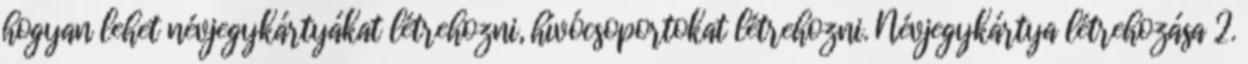
hogyan lehet névjegykártyákat létrehozni, hívócsoportokat létrehozni. Névjegykártya létrehozása 2.